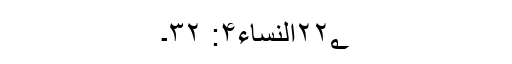
۲۲؂النساء۴: ۳۲۔